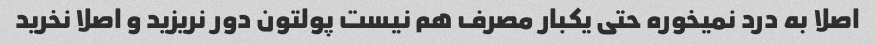
اصلا به درد نمیخوره حتی یکبار مصرف هم نیست پولتون دور نریزید و اصلا نخرید